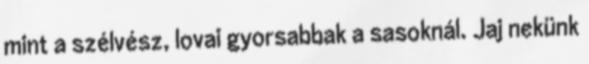
mint a szélvész, lovai gyorsabbak a sasoknál. Jaj nekünk